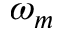
\omega _ { m }